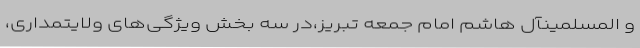
و المسلمینآل هاشم امام جمعه تبریز،در سه بخش ویژگی‌های ولایتمداری،